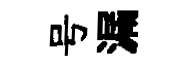
号漏